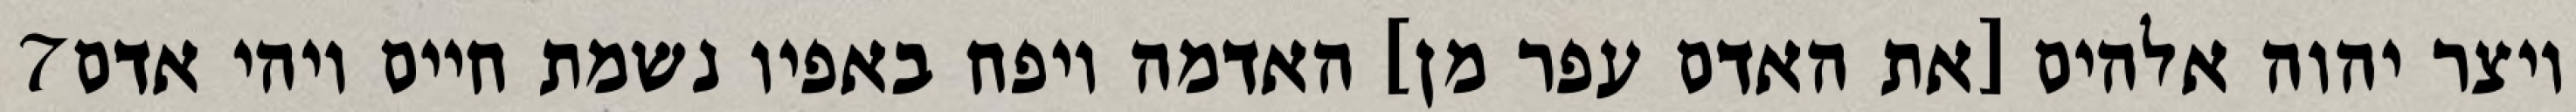
‎7‏ ויצר יהוה אלהים [את האדם עפר מן] האדמה ויפח באפיו נשמת חיים ויהי אדם